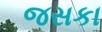
જસકા